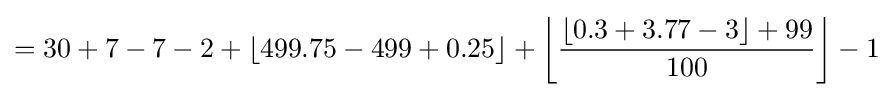
=30+7-7-2+\left\lfloor {499.75-499+0.25}\right\rfloor +\left\lfloor {\frac {\left\lfloor {0.3+3.77-3}\right\rfloor +99}{100}}\right\rfloor -1